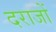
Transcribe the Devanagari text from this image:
दराजों